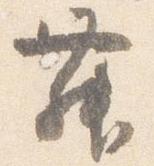
舞